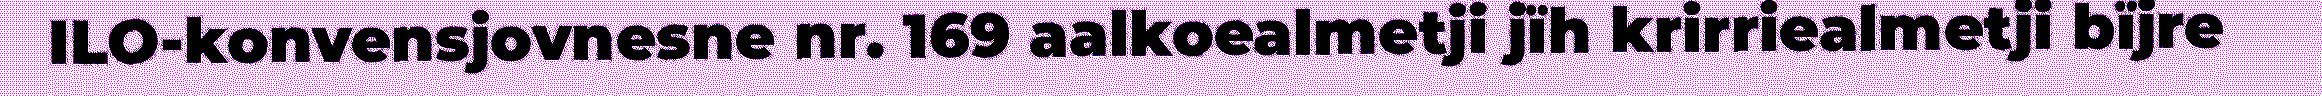
ILO-konvensjovnesne nr. 169 aalkoealmetji jïh krirriealmetji bïjre